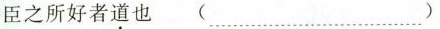
臣之所好者道也 (……)